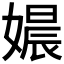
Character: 𮱗